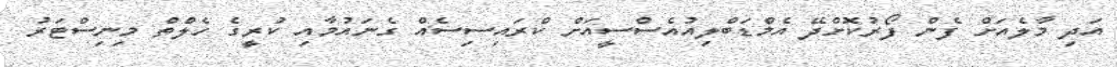
އަދި މާލެއަށް ފެން ފޯރުކޮށްދޭ އެމްޑަބްލިއުއެސްސީއަށް ކްރައިސިސެއް ގެނައުމާއި ކުރީގެ ހެލްތް މިނިސްޓަރު